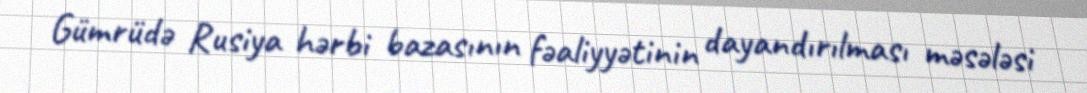
Gümrüdə Rusiya hərbi bazasının fəaliyyətinin dayandırılması məsələsi